Lunatic asylums in Bengal annual reports 1888-1898 - 1888-1898
Year: 1888
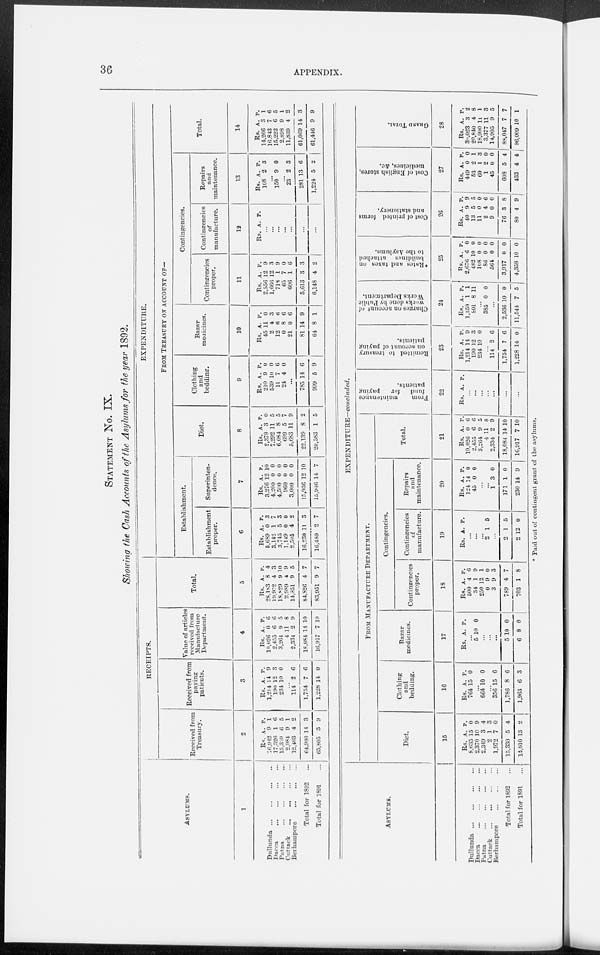
36
APPENDIX.
STATEMENT No. IX.
Showing the Cash Accounts of the Asylums for the year 1892.
RECEIPTS.
ASYLUMS.
1
Dullunda
...
...
...
...
Dacca
...
...
...
...
Patna
...
...
...
...
Cuttack ... ... ... ...
Berhampore
...
...
...
Total for 1892
...
Total for 1891
...
Received from
Treasury.
2
Rs.
16,942
17,326
15,360
2,984
12,403
64,986
65,805
A.
9
1
6
9
4
14
3
P.
1
6
5
1
2
3
9
Received from
paying
patients.
3
Rs.
1.214
190
234
A.
14
12
10
P.
9
3
0
...
114
1,754
1,228
2
7
14
6
6
0
Value of articles
received from
Manufacture
Department.
4
Rs.
10,026
2,455
3,264
4
2,334
18,084
16,917
A.
0
6
9
11
2
14
7
P.
6
6
5
8
9
10
10
Total.
5
Rs.
28,183
19,972
18,829
2,989
14,851
84,826
83,951
A.
8
4
9
4
9
4
9
P.
4
3
10
9
5
7
7
EXPENDITURE.
FROM TREASURY ON ACCOUNT OF—
Establishment.
Establishment
proper.
6
Rs.
5,689
3,142
3,745
1,149
2,505
16,230
16,480
A.
0
1
5
0
4
11
2
P.
3
7
3
0
2
3
7
Superinten-
dence.
7
Rs.
3,276
4,200
4,500
960
3,000
15,936
15,946
A.
12
0
0
0
0
12
14
P.
10
0
0
0
0
10
7
Diet.
8
Rs.
2,379
7,292
6,084
699
5,683
22,139
20,583
A.
3
11
8
5
11
8
1
P.
0
5
5
7
9
2
5
Clothing
and
bedding.
9
Rs.
210
539
11
24
A.
9
10
7
4
P.
0
0
6
0
...
785
999
14
5
6
9
Bazar
medicines.
10
Rs.
45
2
12
0
21
81
64
A.
11
4
6
8
0
14
8
P.
0
3
6
6
6
9
1
Contingencies.
Contingencies
proper.
11
Rs.
2,556
l,666
718
65
606
5,613
6,148
A.
12
12
1
7
1
3
4
P.
9
3
9
0
6
3
2
Contingencies
of
manufacture.
12
Rs. A. P.
...
...
...
...
...
...
...
Repairs
and
maintenance.
13
Rs.
108
A.
2
P.
3
...
150 9 0
...
23
281
1,224
2
13
5
3
6
2
Total.
14
Rs.
14,266
16,843
15,222
2,898
11,839
61,069
61,446
A.
3
7
6
9
4
14
9
P.
1
6
5
1
2
3
9
ASYLUMS.
Dullunda
...
...
...
...
Dacca
...
...
...
...
Patna
...
...
...
...
Cuttack
...
...
...
...
Berhampore ... ... ...
Total for 1892 ...
Total for 1891 ...
EXPENDITURE—concluded.
FROM MANUFACTURE DEPARTMENT.
Diet.
15
Rs.
8,635
2,370
2,349
2
1,972
15,330
14,010
A.
15
10
3
1
7
5
13
P.
0
9
4
3
0
4
2
Clothing
and
bedding.
16
Rs.
764
A.
15
P.
0
...
664 10 0
...
356
1,786
1,963
15
8
6
6
6
3
Bazar
medicines.
17
Rs. A. P.
...
5 10 0
...
...
...
5
6
10
8
0
0
Contingencies.
Contingencies
proper.
18
Rs.
500
34
250
0
3
789
703
A.
4
1
12
9
9
4
1
P.
6
9
1
0
3
7
8
Contingencies
of
manufacture.
19
Rs. A. P.
...
...
...
2 1 5
...
2
2
1
12
5
0
Repairs
and
maintenance.
20
Rs.
124
45
A.
14
0
P.
0
0
...
...
1
171
230
3
1
14
0
0
9
Total.
21
Rs.
10,026
2,455
3,264
4
2,334
18,084
16,917
A
0
6
9
11
2
14
7
P.
6
6
5
8
9
10
10
From
maintenance
fund
for
paying
patients.
22
Rs. A. P.
...
...
...
...
...
...
...
Remitted to treasury
on account of paying
patients.
23
Rs.
1,214
190
234
A.
14
12
10
P.
9
3
0
...
114
1,754
1,228
2
7
14
6
6
0
Charges on account of
works done by Public
Works Department.
24
Rs.
1,350
801
A.
1
8
P.
1
11
...
385 0 0
...
2,536
11,544
10
7
0
5
* Rates and taxes on
buildings attached
to the Asylums.
25
Rs.
2,676
482
108
86
564
3,917
4,358
A.
6
10
0
0
0
0
10
P.
0
0
0
0
0
0
0
Cost of printed forms
and stationery.
26
Rs.
40
13
11
2
9
76
80
A.
9
5
0
4
0
3
4
P.
9
5
0
6
0
8
9
Cost of English stores,
medicines, &c.
27
Rs.
449
53
60
1
45
608
433
A.
0
2
1
2
0
5
4
P
0
1
3
0
0
4
4
GRAND TOTAL.
28
Rs
30,023
20,840
18,900
3,377
14,905
88,047
96,009
A.
3
4
11
11
9
7
10
P
2
8
1
3
5
7
1
* Paid out of contingent grant of the asylums.